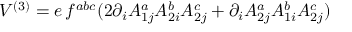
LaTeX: V ^ { ( 3 ) } = e \, f ^ { a b c } ( 2 \partial _ { i } A _ { 1 j } ^ { a } A _ { 2 i } ^ { b } A _ { 2 j } ^ { c } + \partial _ { i } A _ { 2 j } ^ { a } A _ { 1 i } ^ { b } A _ { 2 j } ^ { c } )